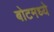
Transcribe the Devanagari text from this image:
बोटमध्ये